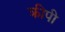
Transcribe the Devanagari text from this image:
क्रीपी